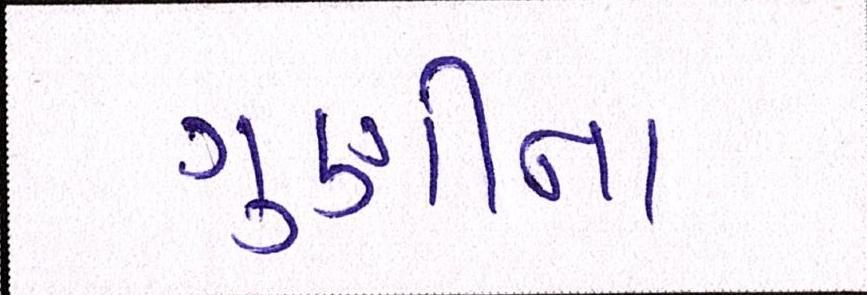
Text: ગુણીના